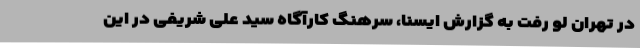
در تهران لو رفت به گزارش ایسنا، سرهنگ کارآگاه سید علی شریفی در این